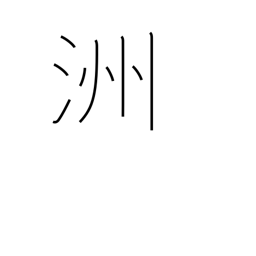
Meaning: island